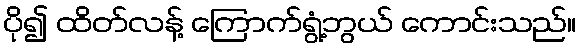
ပို၍ ထိတ်လန့် ကြောက်ရွံ့ဘွယ် ကောင်းသည်။